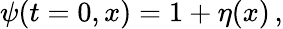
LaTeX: \psi(t=0,x)=1+\eta(x)\, ,